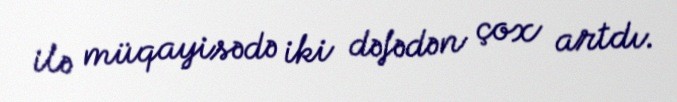
ilə müqayisədə iki dəfədən çox artdı.